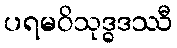
ပရမဝိသုဒ္ဓဒဿီ